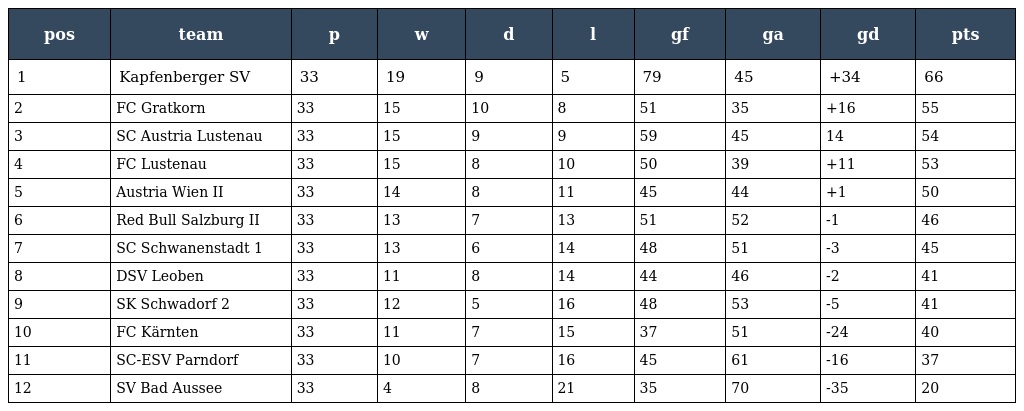
| pos | team | p | w | d | l | gf | ga | gd | pts |
 | --- | --- | --- | --- | --- | --- | --- | --- | --- | --- |
 | 1 | Kapfenberger SV | 33 | 19 | 9 | 5 | 79 | 45 | +34 | 66 |
 | 2 | FC Gratkorn | 33 | 15 | 10 | 8 | 51 | 35 | +16 | 55 |
 | 3 | SC Austria Lustenau | 33 | 15 | 9 | 9 | 59 | 45 | 14 | 54 |
 | 4 | FC Lustenau | 33 | 15 | 8 | 10 | 50 | 39 | +11 | 53 |
 | 5 | Austria Wien II | 33 | 14 | 8 | 11 | 45 | 44 | +1 | 50 |
 | 6 | Red Bull Salzburg II | 33 | 13 | 7 | 13 | 51 | 52 | -1 | 46 |
 | 7 | SC Schwanenstadt 1 | 33 | 13 | 6 | 14 | 48 | 51 | -3 | 45 |
 | 8 | DSV Leoben | 33 | 11 | 8 | 14 | 44 | 46 | -2 | 41 |
 | 9 | SK Schwadorf 2 | 33 | 12 | 5 | 16 | 48 | 53 | -5 | 41 |
 | 10 | FC Kärnten | 33 | 11 | 7 | 15 | 37 | 51 | -24 | 40 |
 | 11 | SC-ESV Parndorf | 33 | 10 | 7 | 16 | 45 | 61 | -16 | 37 |
 | 12 | SV Bad Aussee | 33 | 4 | 8 | 21 | 35 | 70 | -35 | 20 |